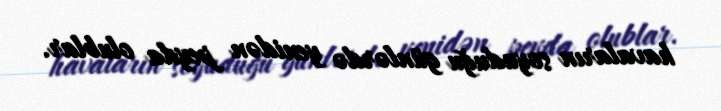
havaların soyuduğu günlərdə yenidən peyda olublar.